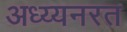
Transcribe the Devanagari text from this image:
अध्य्यनरत